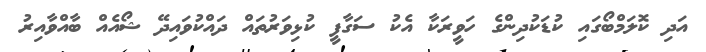
އަދި ކޮލަމްބޯގައި ކުޑަކުދިންގެ ހަވީރަކާ އެކު ސަގާފީ ކުޅިވަރުތައް ދަައްކުވައިދޭ ޝޯއެއް ބާއްވާއިރު